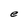
Character: e